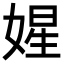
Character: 𡟙